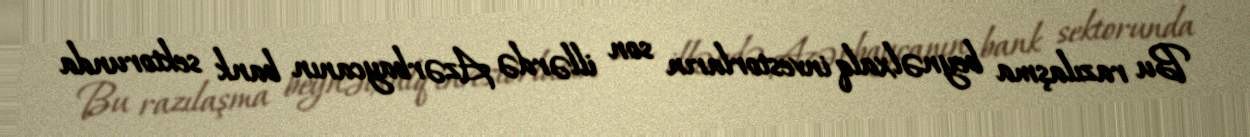
Bu razılaşma beynəlxalq investorların son illərdə Azərbaycanın bank sektorunda